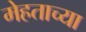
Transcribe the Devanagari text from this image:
मेहताच्या